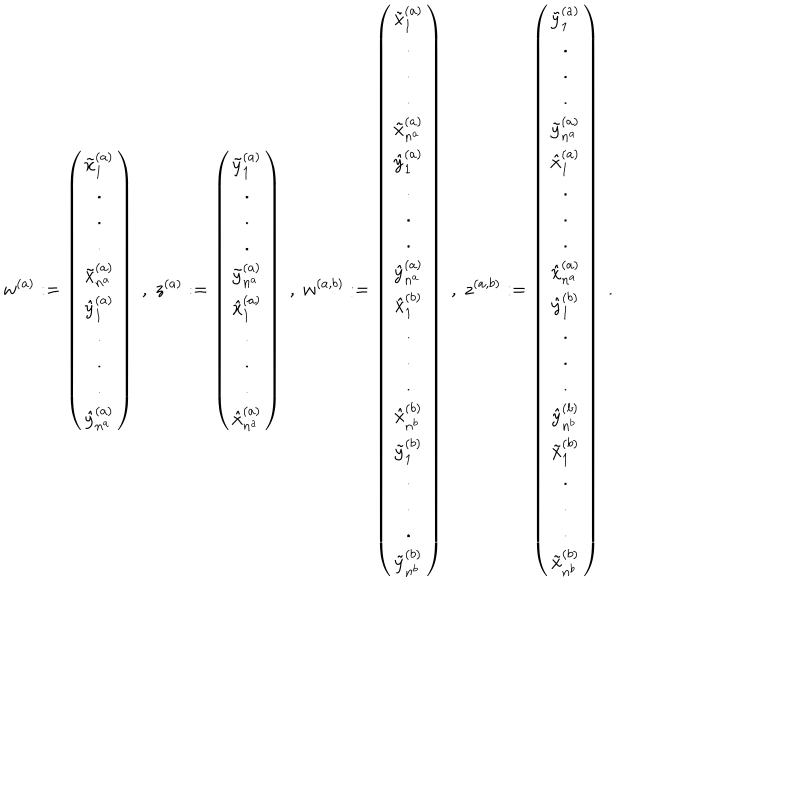
LaTeX: w ^ { ( a ) } : = \left( \begin{array} { c } { { \tilde { x } _ { 1 } ^ { ( a ) } } } \\ { { . } } \\ { { . } } \\ { { . } } \\ { { \tilde { x } _ { n ^ { a } } ^ { ( a ) } } } \\ { { \hat { y } _ { 1 } ^ { ( a ) } } } \\ { { . } } \\ { { . } } \\ { { . } } \\ { { \hat { y } _ { n ^ { a } } ^ { ( a ) } } } \\ \end{array} \right) \; , \; z ^ { ( a ) } : = \left( \begin{array} { c } { { \tilde { y } _ { 1 } ^ { ( a ) } } } \\ { { . } } \\ { { . } } \\ { { . } } \\ { { \tilde { y } _ { n ^ { a } } ^ { ( a ) } } } \\ { { \hat { x } _ { 1 } ^ { ( a ) } } } \\ { { . } } \\ { { . } } \\ { { . } } \\ { { \hat { x } _ { n ^ { a } } ^ { ( a ) } } } \\ \end{array} \right) \; , \; w ^ { ( a , b ) } : = \left( \begin{array} { c } { { \tilde { x } _ { 1 } ^ { ( a ) } } } \\ { { . } } \\ { { . } } \\ { { . } } \\ { { \tilde { x } _ { n ^ { a } } ^ { ( a ) } } } \\ { { \hat { y } _ { 1 } ^ { ( a ) } } } \\ { { . } } \\ { { . } } \\ { { . } } \\ { { \hat { y } _ { n ^ { a } } ^ { ( a ) } } } \\ { { \hat { x } _ { 1 } ^ { ( b ) } } } \\ { { . } } \\ { { . } } \\ { { . } } \\ { { \hat { x } _ { n ^ { b } } ^ { ( b ) } } } \\ { { \tilde { y } _ { 1 } ^ { ( b ) } } } \\ { { . } } \\ { { . } } \\ { { . } } \\ { { \tilde { y } _ { n ^ { b } } ^ { ( b ) } } } \\ \end{array} \right) \; , \; z ^ { ( a , b ) } : = \left( \begin{array} { c } { { \tilde { y } _ { 1 } ^ { ( a ) } } } \\ { { . } } \\ { { . } } \\ { { . } } \\ { { \tilde { y } _ { n ^ { a } } ^ { ( a ) } } } \\ { { \hat { x } _ { 1 } ^ { ( a ) } } } \\ { { . } } \\ { { . } } \\ { { . } } \\ { { \hat { x } _ { n ^ { a } } ^ { ( a ) } } } \\ { { \hat { y } _ { 1 } ^ { ( b ) } } } \\ { { . } } \\ { { . } } \\ { { . } } \\ { { \hat { y } _ { n ^ { b } } ^ { ( b ) } } } \\ { { \tilde { x } _ { 1 } ^ { ( b ) } } } \\ { { . } } \\ { { . } } \\ { { . } } \\ { { \tilde { x } _ { n ^ { b } } ^ { ( b ) } } } \\ \end{array} \right) \; .